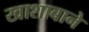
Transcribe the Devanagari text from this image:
खाशाबाने